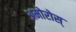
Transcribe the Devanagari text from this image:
अमोरोस्